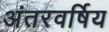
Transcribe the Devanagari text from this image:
अंतरवर्षिय